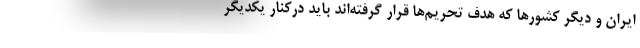
ایران و دیگر کشورها که هدف تحریم‌ها قرار گرفته‌اند باید درکنار یکدیگر